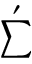
\sum ^ { \prime }